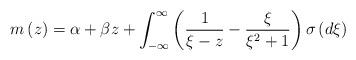
LaTeX: \begin{align*}m\left( z\right) =\alpha+\beta z+\int_{-\infty}^{\infty}\left( \dfrac {1}{\xi-z}-\dfrac{\xi}{\xi^{2}+1}\right) \sigma\left( d\xi\right) \end{align*}